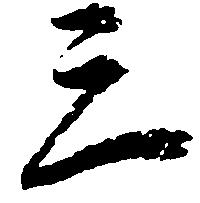
三